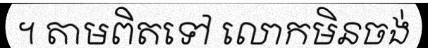
។ តាមពិតទៅ លោកមិនចង់